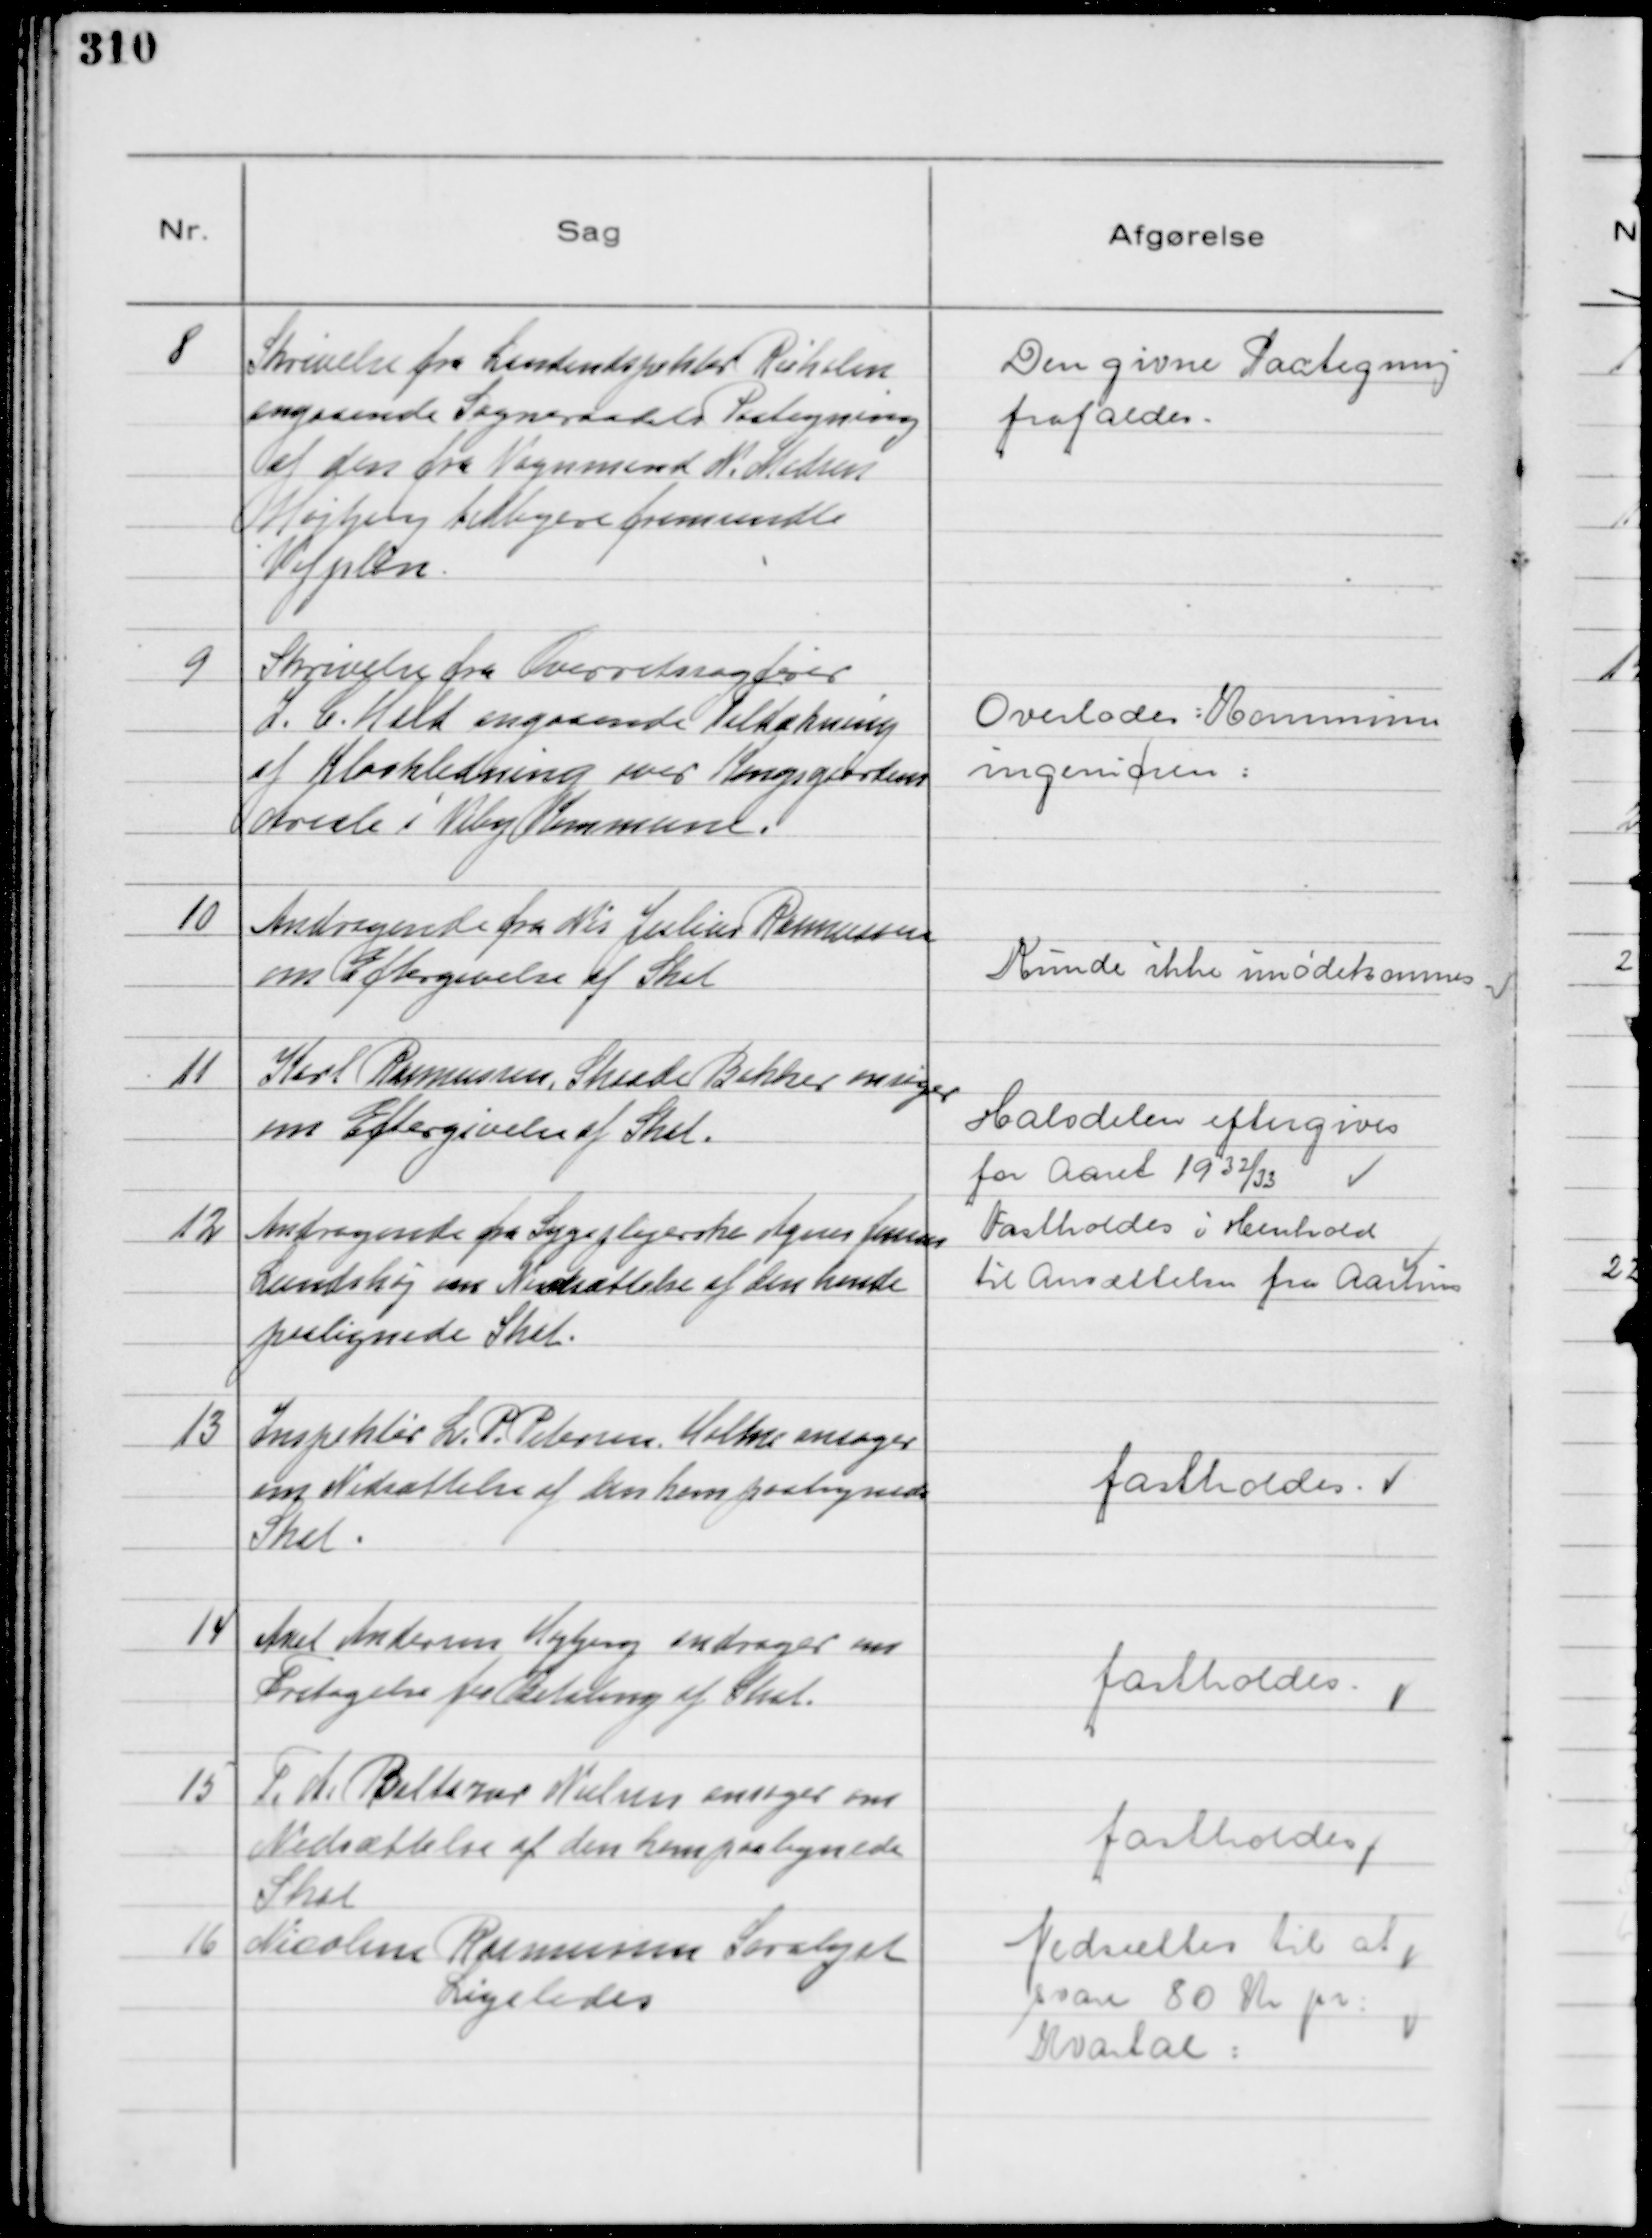
Transskription:
8
Skrivelse fra Landindspektør Rørholm
angaaende Sogneraadets Paategning
af den fra Vognmand N. Nielsen
Højbjerg tidligere fremsendte
Vejplan.

Den givne Paategning
frafaldes.

9
Skrivelse fra Overretssagfører
I. C. Hald angaaende tildækning
af Kloakledning over Kongsgaardens
Areale i Viby Kommune.

Overlodes: Kommune
ingeniøren:

10
Andragende fra Nis Julius Rasmussen
om Eftergivelse af Skat

Kunde ikke imødekommes

11
Karl Rasmussen, Skaade Bakker ansøger
om Eftergivelse af Skat.

Halvdelen eftergives
for Aaret 19 32/33

12
Andragende fra Sygeplejerske Agnes Jensen
Lundshøj om Nedsættelse af den hende
paalignede Skat.

Fastholdes i Henhold
til Ansættelsen fra Aarhus

13
Inspektør L. P. Petersen Holme ansøger
om Nedsættelse af den ham paalignede
Skat.

fastholdes.

14
Axel Andersen Højbjerg andrager om
Fritagelse fra Betaling af Skat.

fastholdes.

15
P. A Baltazar Nielsen ansøger om
Nedsættelse af den han paalignede
Skat

fastholdes

16
Nicoline Rasmussen Saralyst
Ligeledes

Nedsættes til at
svare 80 Kr pr:
Kvartal: